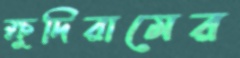
ক্ষুদিরামের